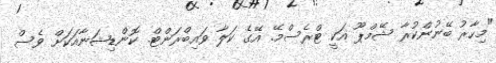
"މިހާރު ބޭނުންކުރާ ޝޭމްޕޫ އަކީ ޓްރެސްމޭ. އޭގެ ކަލާ ވައިބްރަންޓް. ކޮންޑިޝަނާއަކަށް ވެސް